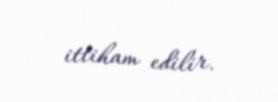
ittiham edilir.